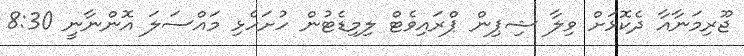
ޖޫރިމަނާއާ ދެކޮޅަށް ވިލާ ޝިޕިން ޕްރައިވެޓް ލިމިޑެޓުން ހުށަހެޅި މައްސަލަ އޮންނާނީ 8:30